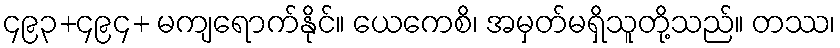
၄၉၃+၄၉၄+ မကျရောက်နိုင်။ ယေကေစိ၊ အမှတ်မရှိသူတို့သည်။ တဿ၊